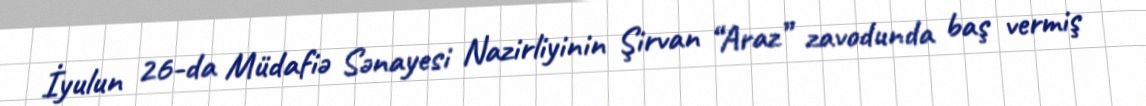
İyulun 26-da Müdafiə Sənayesi Nazirliyinin Şirvan “Araz” zavodunda baş vermiş